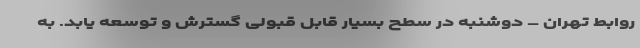
روابط تهران – دوشنبه در سطح بسیار قابل قبولی گسترش و توسعه یابد. به